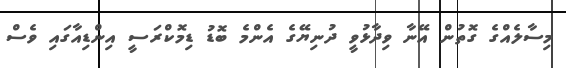
މިސާލެއްގެ ގޮތުން އޭނާ ވިދާޅުވީ ދުނިޔޭގެ އެންމެ ބޮޑު ޑިމޮކްރަސީ އިންޑިއާގައި ވެސް